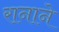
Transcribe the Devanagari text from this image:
रानाने